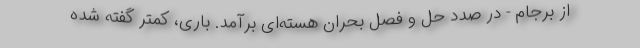
از برجام - در صدد حل و فصل بحران هسته‌ای برآمد. باری، کمتر گفته شده